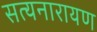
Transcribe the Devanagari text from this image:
सत्‍यनारायण